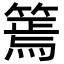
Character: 篶